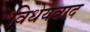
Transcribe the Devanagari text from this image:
विधेयवाद